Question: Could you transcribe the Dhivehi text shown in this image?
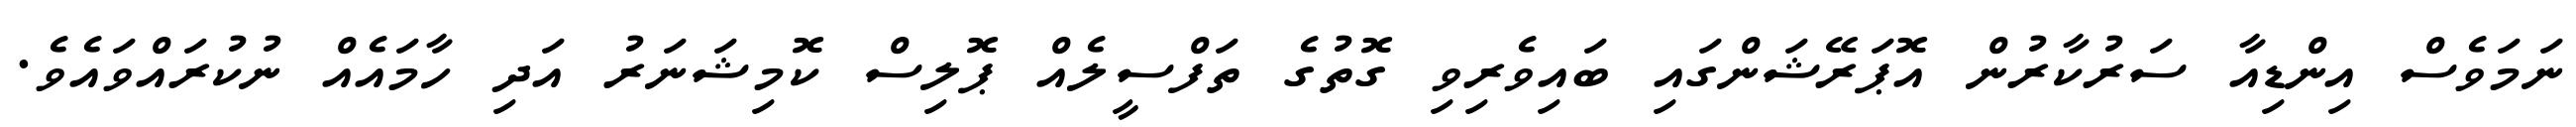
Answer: ނަމަވެސް އިންޑިއާ ސަރުކާރުން އޮޕަރޭޝަންގައި ބައިވެރިވި ގޮތުގެ ތަފްސީލެއް ޕޮލިސް ކޮމިޝަނަރު އަދި ހާމައެއް ނުކުރައްވައެވެ.